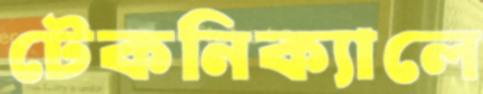
টেকনিক্যালে